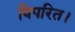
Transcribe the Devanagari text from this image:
विपरित।